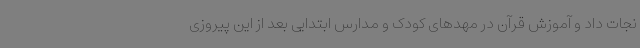
نجات داد و آموزش قرآن در مهدهای کودک و مدارس ابتدایی بعد از این پیروزی